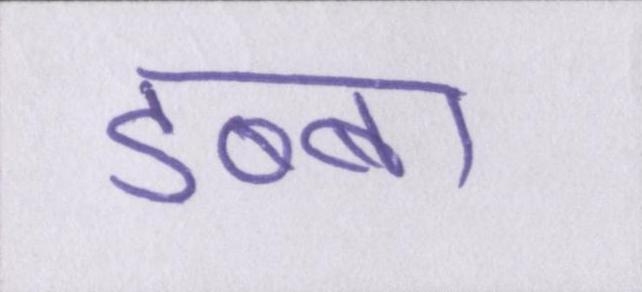
डब्बा